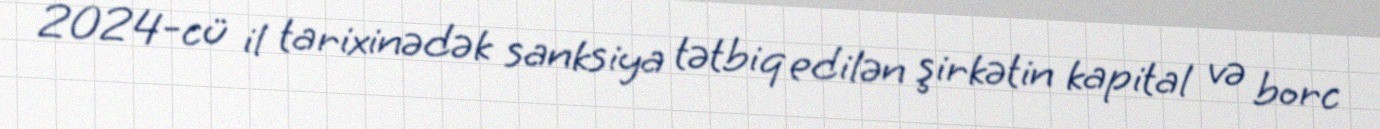
2024-cü il tarixinədək sanksiya tətbiq edilən şirkətin kapital və borc